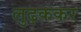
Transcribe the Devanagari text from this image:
लुढ़ककर